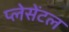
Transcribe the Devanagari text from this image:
प्लेसेंटल